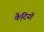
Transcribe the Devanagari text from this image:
कै़दियों